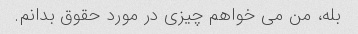
بله، من می خواهم چیزی در مورد حقوق بدانم.